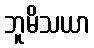
ဘူမိသယာ